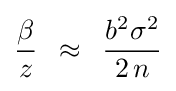
{\frac {\beta }{z}}\,\,\,\approx \,\,\,{\frac {b^{2}\sigma ^{2}}{2\,n}}